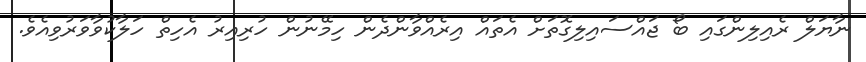
ނާޔަލް ރެއިލިންގައި ބޯ ޖައްސައިލިގޮތަށް އެތައް އިރެއްވާންދެން ހިމޭނުން ހުރިއިރު އެހިތް ހަލާކުވާވަރުވިއެވެ.